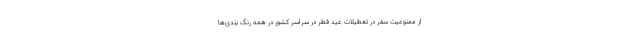
از ممنوعیت سفر در تعطیلات عید فطر در سراسر کشور در همه رنگ بندی‌ها